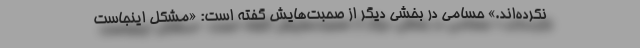
نکرده‌اند.» حسامی در بخشی دیگر از صحبت‌هایش گفته است: «مشکل اینجاست